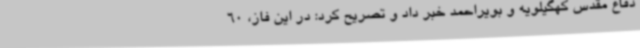
دفاع مقدس کهگیلویه و بویراحمد خبر داد و تصریح کرد: در این فاز، 60